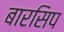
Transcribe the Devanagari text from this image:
बारसिप